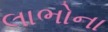
લાભોના